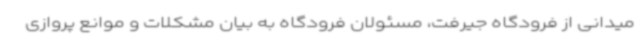
میدانی از فرودگاه جیرفت، مسئولان فرودگاه به بیان مشکلات و موانع پروازی